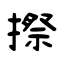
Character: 摖